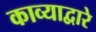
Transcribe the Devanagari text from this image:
काव्याद्वारे